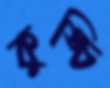
কুঙ্চি